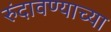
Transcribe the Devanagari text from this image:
रुंदावण्याच्या